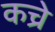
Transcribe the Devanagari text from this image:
कच्रे